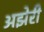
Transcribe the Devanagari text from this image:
अझेरी